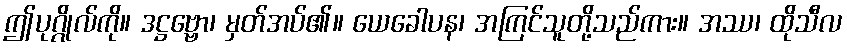
ဤပုဂ္ဂိုလ်ကို။ ဒဋ္ဌဗ္ဗော၊ မှတ်အပ်၏။ ယေခေါပန၊ အကြင်သူတို့သည်ကား။ အဿ၊ ထိုသီလ